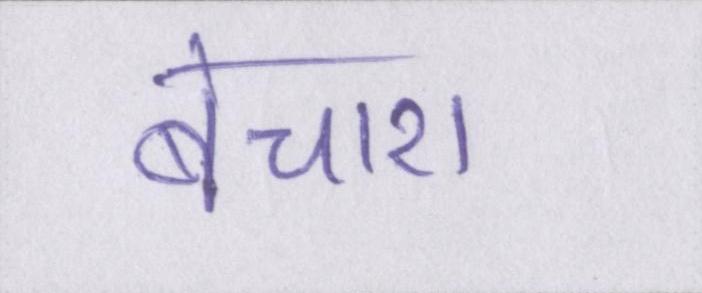
बेचारा